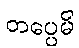
တပ္ပေမိ